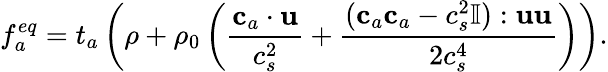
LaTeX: f_{a}^{eq}=t_{a}\left(\rho+\rho_{0}\left(\frac{\mathbf{c}_{a}\cdot\mathbf{u}}{c_{s}^{2}}+\frac{(\mathbf{c}_{a}\mathbf{c}_{a}-c_{s}^{2}\mathbb{I}):\mathbf{u}\mathbf{u}}{2c_{s}^{4}}\right)\right).